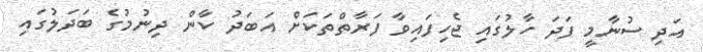
އަދި ސުނާމީ ފަދަ ހާލުގައި ޖެހިފައިވާ ފަރާތްތަކަށް އަބަދު ކާން ދިނުމުގެ ބަދަލުގައި